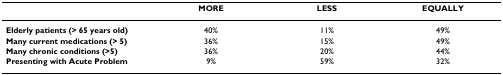
<table><thead><tr><td></td><td><b>MORE</b></td><td><b>LESS</b></td><td><b>EQUALLY</b></td></tr></thead><tbody><tr><td><b>Elderly patients (&gt; 65 years old)</b></td><td>40%</td><td>11%</td><td>49%</td></tr><tr><td><b>Many current medications (&gt; 5)</b></td><td>36%</td><td>15%</td><td>49%</td></tr><tr><td><b>Many chronic conditions (&gt;5)</b></td><td>36%</td><td>20%</td><td>44%</td></tr><tr><td><b>Presenting with Acute Problem</b></td><td>9%</td><td>59%</td><td>32%</td></tr></tbody></table>